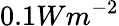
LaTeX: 0.1Wm^{-2}